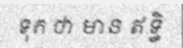
ទុក ថា មាន ឥទ្ធិ